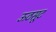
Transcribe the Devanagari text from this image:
ऊठसूट